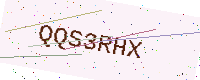
Text: QQS3RHX